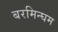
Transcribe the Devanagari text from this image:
बरमिन्घम